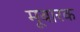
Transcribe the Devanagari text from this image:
मूबारक